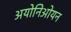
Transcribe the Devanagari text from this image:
अयोनिओयन